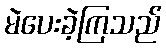
မဲပေးခဲ့ကြသည်